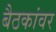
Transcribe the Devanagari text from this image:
बैठकांवर